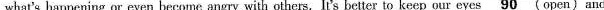
what’s happening or even become angry with others. It’s better to keep our eyes \underline{90} (open) and